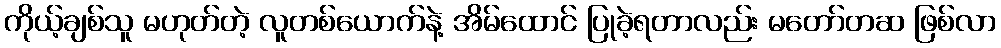
ကိုယ့်ချစ်သူ မဟုတ်တဲ့ လူတစ်ယောက်နဲ့ အိမ်ထောင် ပြုခဲ့ရတာလည်း မတော်တဆ ဖြစ်လာ